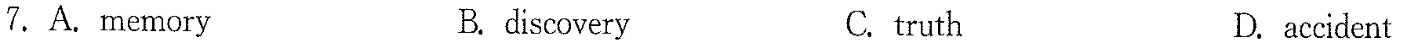
7.A.memory B. discovery C. truth D.accident